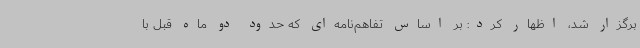
برگزار شد، اظهار کرد: بر اساس تفاهم‌نامه‌ای که حدود دو ماه قبل با